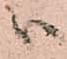
ハ